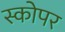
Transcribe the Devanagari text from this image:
स्कोपर